画像に写った文字を読んでください
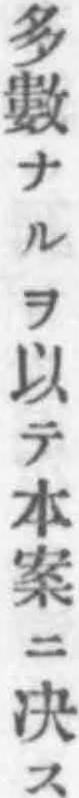
「多數ナルヲ以テ本案ニ决ス」と書いてあります